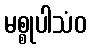
မစ္စုပါသံဝ